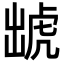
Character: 䖓